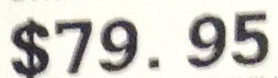
$79.95